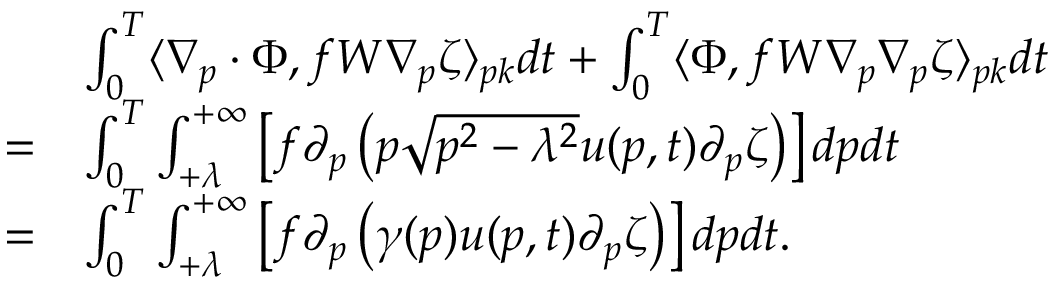
\begin{array} { r l } & { \int _ { 0 } ^ { T } \langle \nabla _ { p } \cdot \Phi , f W \nabla _ { p } \zeta \rangle _ { p k } d t + \int _ { 0 } ^ { T } \langle \Phi , f W \nabla _ { p } \nabla _ { p } \zeta \rangle _ { p k } d t } \\ { = } & { \int _ { 0 } ^ { T } \int _ { + \lambda } ^ { + \infty } \left[ f \partial _ { p } \left( p \sqrt { p ^ { 2 } - \lambda ^ { 2 } } u ( p , t ) \partial _ { p } \zeta \right) \right] d p d t } \\ { = } & { \int _ { 0 } ^ { T } \int _ { + \lambda } ^ { + \infty } \left[ f \partial _ { p } \left( \gamma ( p ) u ( p , t ) \partial _ { p } \zeta \right) \right] d p d t . } \end{array}